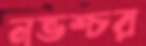
নভশ্চর